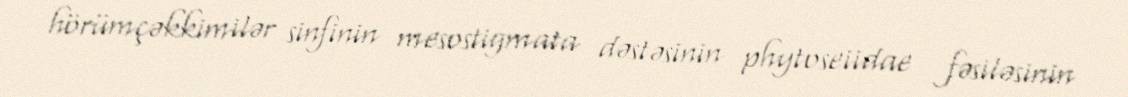
hörümçəkkimilər sinfinin mesostigmata dəstəsinin phytoseiidae fəsiləsinin